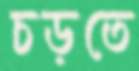
চড়তে